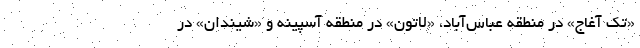
«تک آغاج» در منطقه عباس‌آباد، «لاتون» در منطقه آسپینه و «شیندان» در